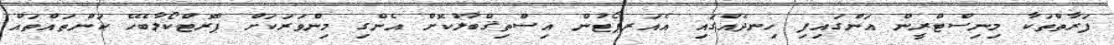
ފަރާތްތަކާ މިނިސްޓްރީން އަންގައިފި ހިނދެއްގައި އެއަރޕޯޓުން އިސްތިޤްބާލުކޮށް އެންގި މިންވަރަކަށް ޕްރޮޓްކޯލާބެހޭ ކަންތައްތައް